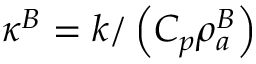
\kappa ^ { B } = k / \left( C _ { p } \rho _ { a } ^ { B } \right)